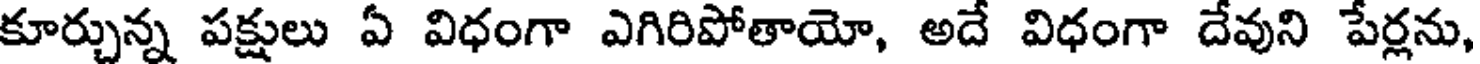
కూర్చున్న పక్షులు ఏ విధంగా ఎగిరిపోతాయో, అదే విధంగా దేవుని పేర్లను,